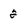
Character: 2